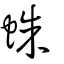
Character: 蛛